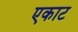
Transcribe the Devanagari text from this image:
एकाट